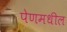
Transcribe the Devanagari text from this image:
पेणमधील